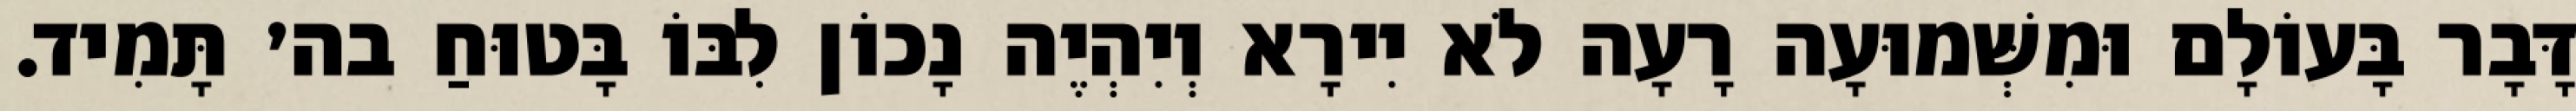
דָּבָר בָּעוֹלָם וּמִשְּׁמוּעָה רָעָה לֹא יִירָא וְיִהְיֶה נָכוֹן לִבּוֹ בָּטוּחַ בה׳ תָּמִיד.